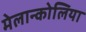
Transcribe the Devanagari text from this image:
मेलान्कोलिया